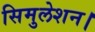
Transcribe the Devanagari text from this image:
सिमुलेशन।